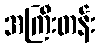
အကြီးတန်း